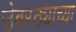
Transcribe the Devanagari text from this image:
उंबरठ्याच्या